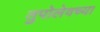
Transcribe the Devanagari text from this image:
तुपोलेवच्या